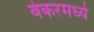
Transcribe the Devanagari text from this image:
बंकरमध्ये